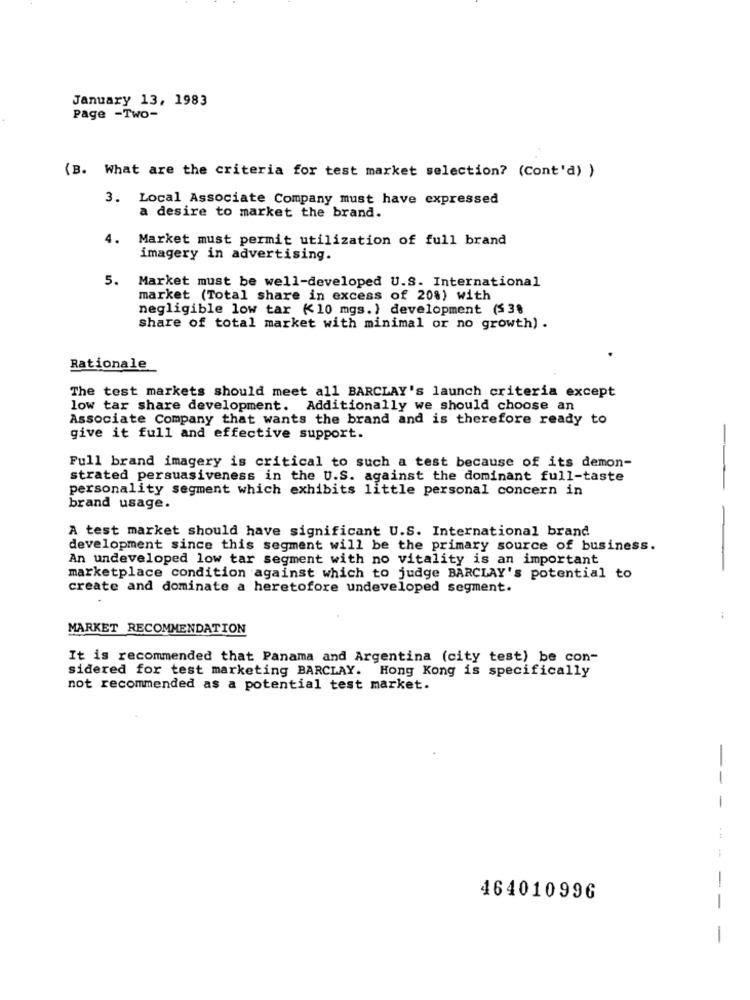
January 13, 1983
Page -Two-
(B. What are the criteria for test market selection? (Cont'd) )
3. Local Associate Company must have expressed
a desire to market the brand.
4.
Market must permit utilization of full brand
imagery in advertising.
5. Market must be well-developed U.S. International
market (Total share in excess of 20%) with
negligible low tar <10 mgs. ) development (53%
share of total market with minimal or no growth) .
Rationale
The test markets should meet all BARCLAY's launch criteria except
low tar share development. Additionally we should choose an
Associate Company that wants the brand and is therefore ready to
give it full and effective support.
Full brand imagery is critical to such a test because of its demon-
strated persuasiveness in the U.S. against the dominant full-taste
personality segment which exhibits little personal concern in
brand usage.
A test market should have significant U.S. International brand
development since this segment will be the primary source of business.
An undeveloped low tar segment with no vitality is an important
-- -
marketplace condition against which to judge BARCLAY's potential to
create and dominate a heretofore undeveloped segment.
MARKET RECOMMENDATION
It is recommended that Panama and Argentina (city test) be con-
sidered for test marketing BARCLAY. Hong Kong is specifically
not recommended as a potential test market.
-
-
-
---
-
464010996
1